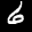
Label: 6